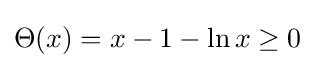
\Theta (x)=x-1-\ln x\geq 0